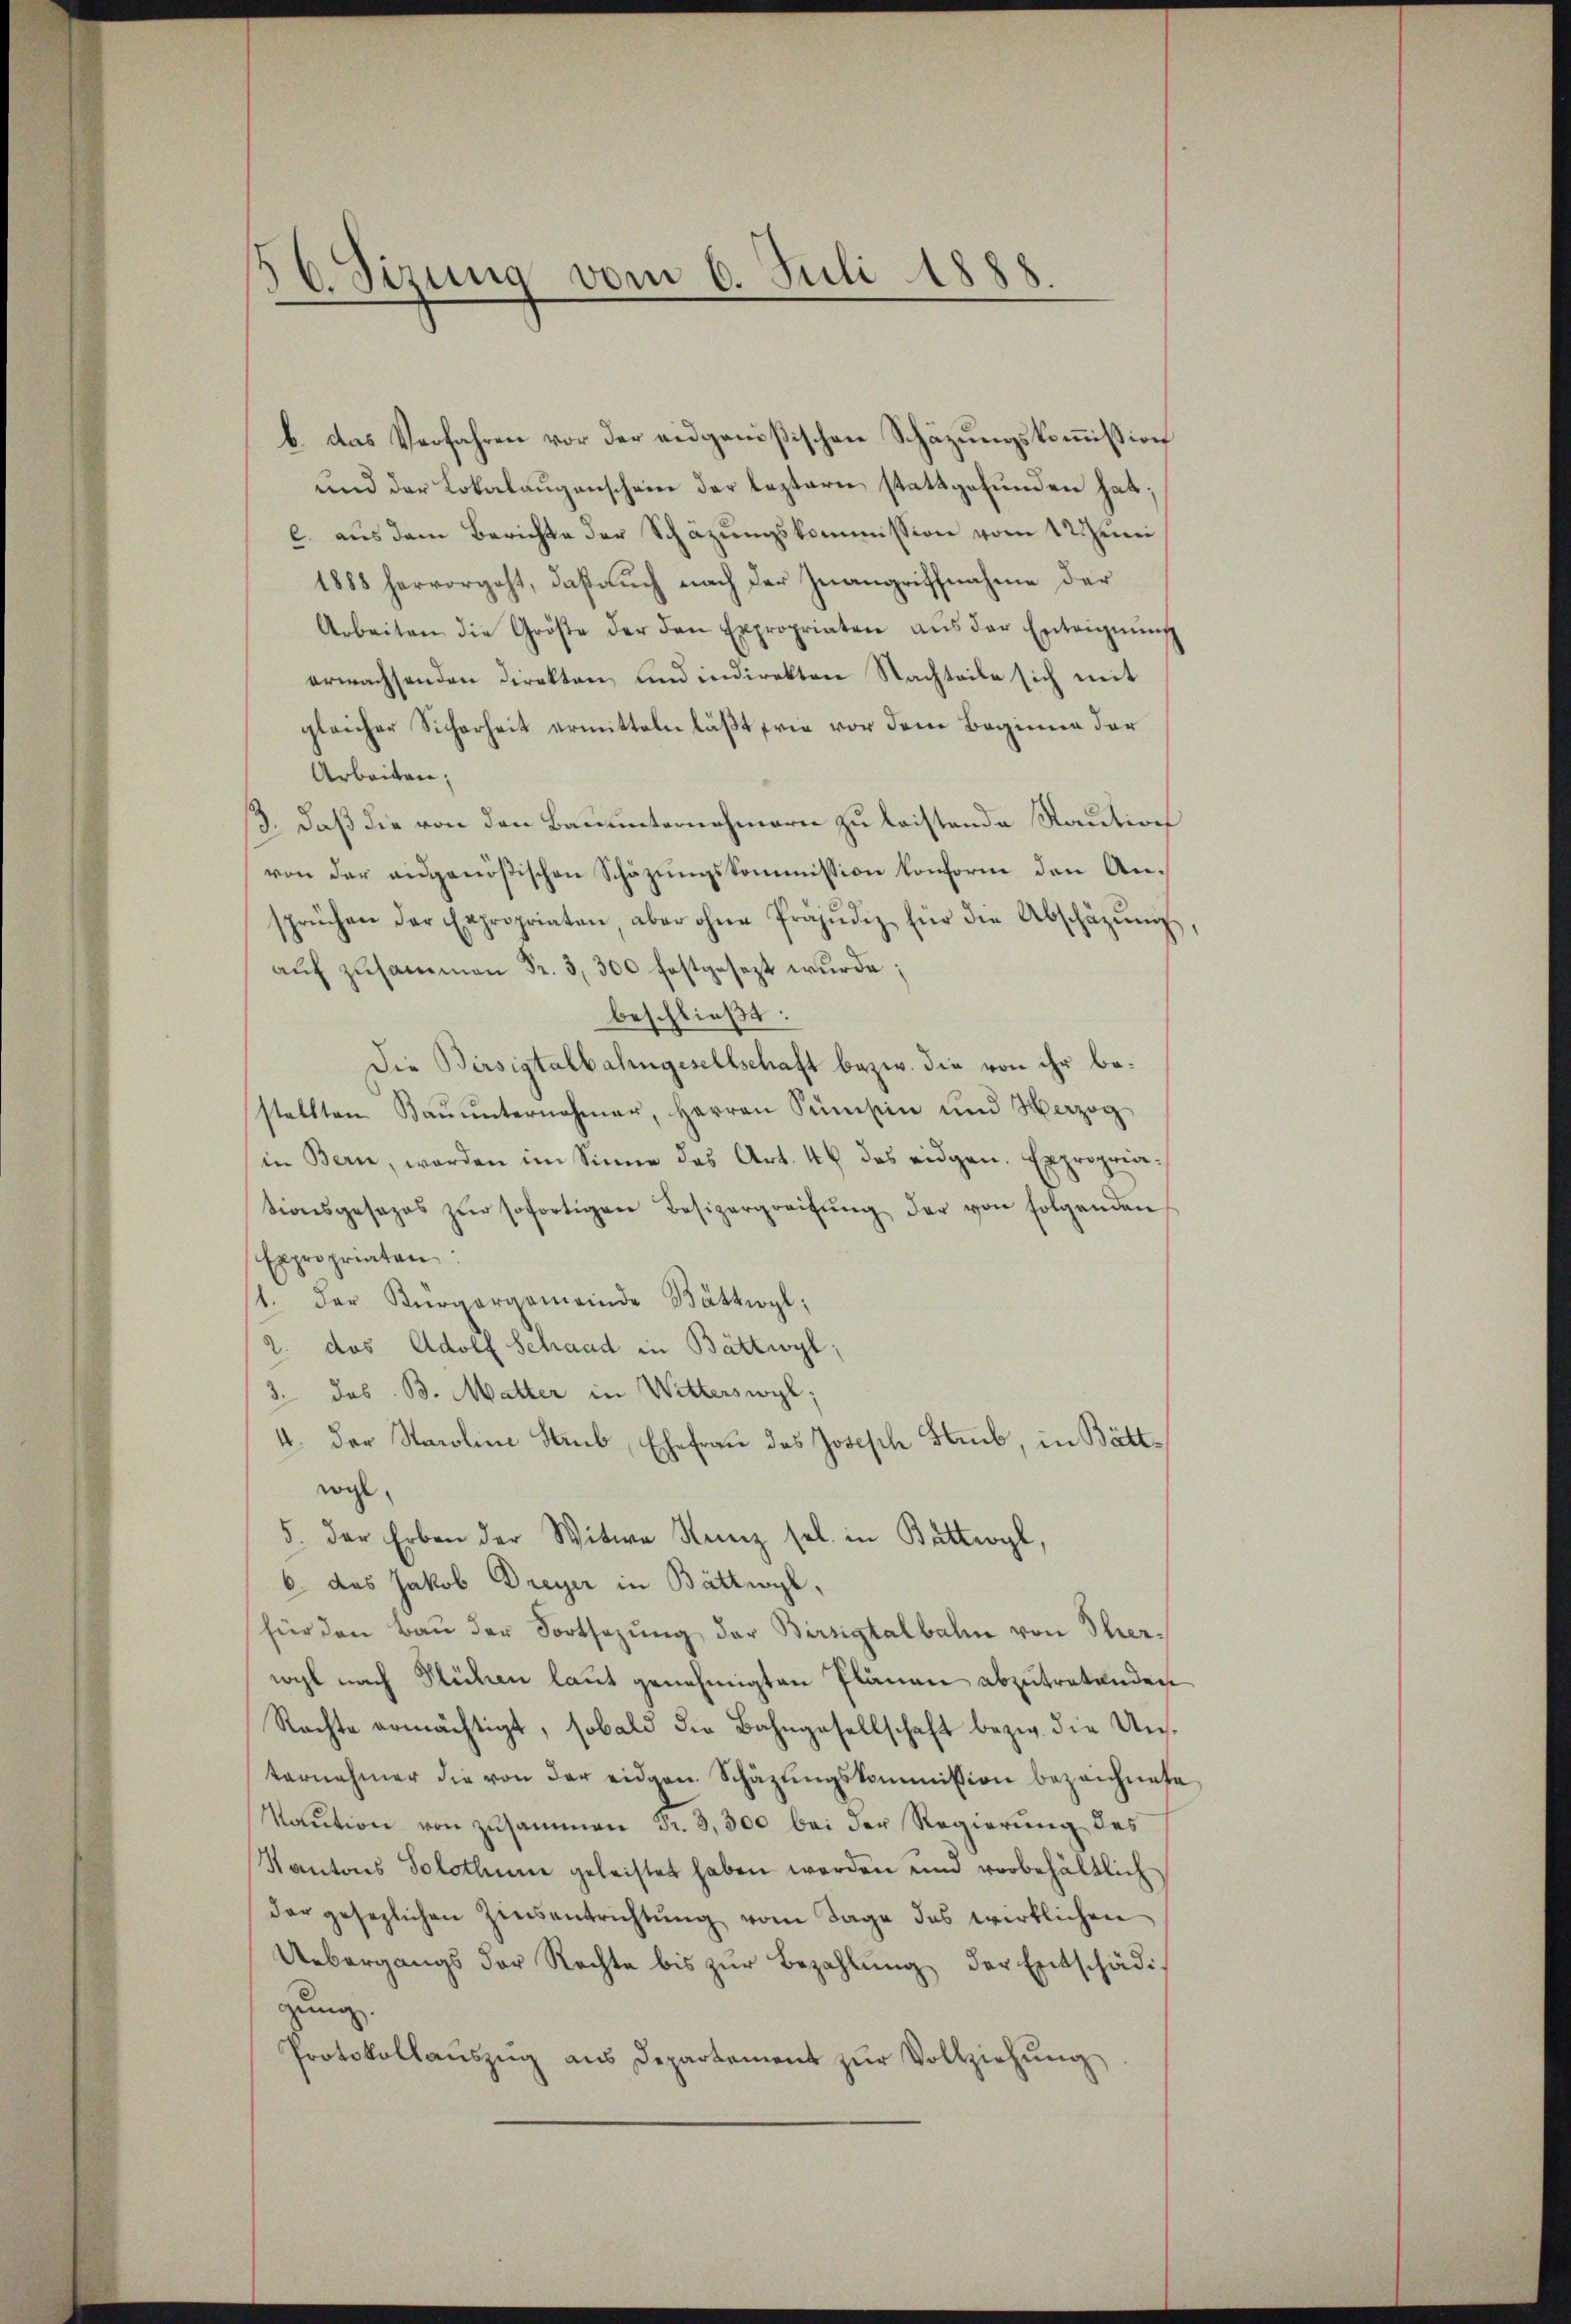
b. das Verfahren vor der eidgenößischen Schäzungskommission
und der Lokalaugenschein der leztern stattgefunden hat;
c. aus dem Berichte der Schäzungskommission vom 12 Juni
1888 hervorgeht, daß auch nach der Zuangriffnahme der
Arbeiten die Größe der den Expropriaten aŭs der Enteignŭng
erwachsenden Direkten und indirekten Nachteile sich mit
gleicher Sicherheit ermitteln läßt, wie vor dem Beginne der
Arbeiten;
3. daß die von den Bauunternehmern zu leistende Staution
von der ausgenößischen Schäzŭngskommission konform den Ansprüchen der Expropriaten, aber ohne Präjudiz für die Abschäzŭng,
auf zusammen Fr. 3, 300 festgesezt wurde;
beschließt:
Die Birsigtalbahngesellschaft bezw. die von ihr bestellten Baŭŭnternehmer, Herren Sumsin und Herzog
in Bern, worden im Sinne das Art. 46 das eidgen. Expropria-
tionsgesezes zŭr sofortigen Besizergreifŭng der von folgenden
Expropriaten:
1. Der Bürgergemeinde Bättwyl,
2. das Adolf Schaad in Bättwyl,
3. das B. Matter in Witterswyl.
4. Der Staroline Staub, Ehefrau des Joseph Staub, in Bättwogl.
5. der Erben der Witwe Stanz sel. in Battwyl,
6 das Jakob Dreyer in Bättwyl,
für den Bau der Fortsezung der Birsigtalbahn von Therwyl nach Flüchen laut genehmigten Plänen abzutretenden
Rachte ermächtigt, sobald die Bahngesellschaft bezw. die Unsternehmer die von der eidgen. Schäzŭngskommission bezeichnete
Kaŭtion von zusammen Fr. 3,500 bei der Regierung des
Kantons Solothum geleistet haben werden und vorbehältlich
der gesezlichen Zinsentrichtŭng vom Tage des wirklichen
Uebergangs der Rechte bis zŭr Bezahlŭng der Entschädi
gung.
Protokollaŭszŭg aŭs Departement zŭr Vollziehŭng

6. Sizung vom 6. Juli 1888
.
—